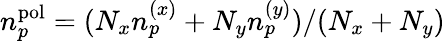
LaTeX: n_{p}^{\mathrm{pol}}=(N_{x}n_{p}^{(x)}+N_{y}n_{p}^{(y)})/(N_{x}+N_{y})